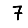
Digit: 7